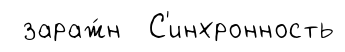
зараж́н С'инхронность